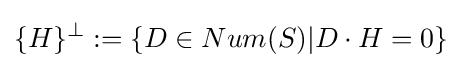
\{H\}^{\perp }:=\{D\in Num(S)|D\cdot H=0\}